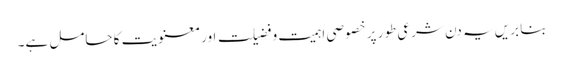
بنا بریں یہ دن شرعی طور پر خصوصی اَہمیت و فضیلت اور معنویت کا حامل ہے۔